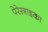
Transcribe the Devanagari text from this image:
पेरेस्त्राइका